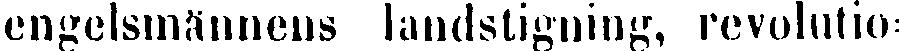
engelsmännens landstigning, revolution